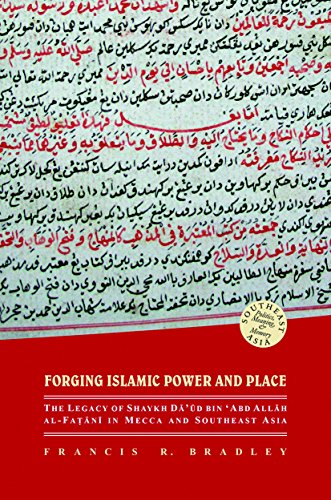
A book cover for Forging Islamic Power and Place: The Legacy of Shaykh Daud Bin EEabd Allah Al-fatani in Mecca and Southeast Asia (Southeast Asia: Politics, Meaning, and Memory); Francis R. Bradley; Religion & Spirituality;